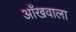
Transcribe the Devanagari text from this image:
आँखवाला